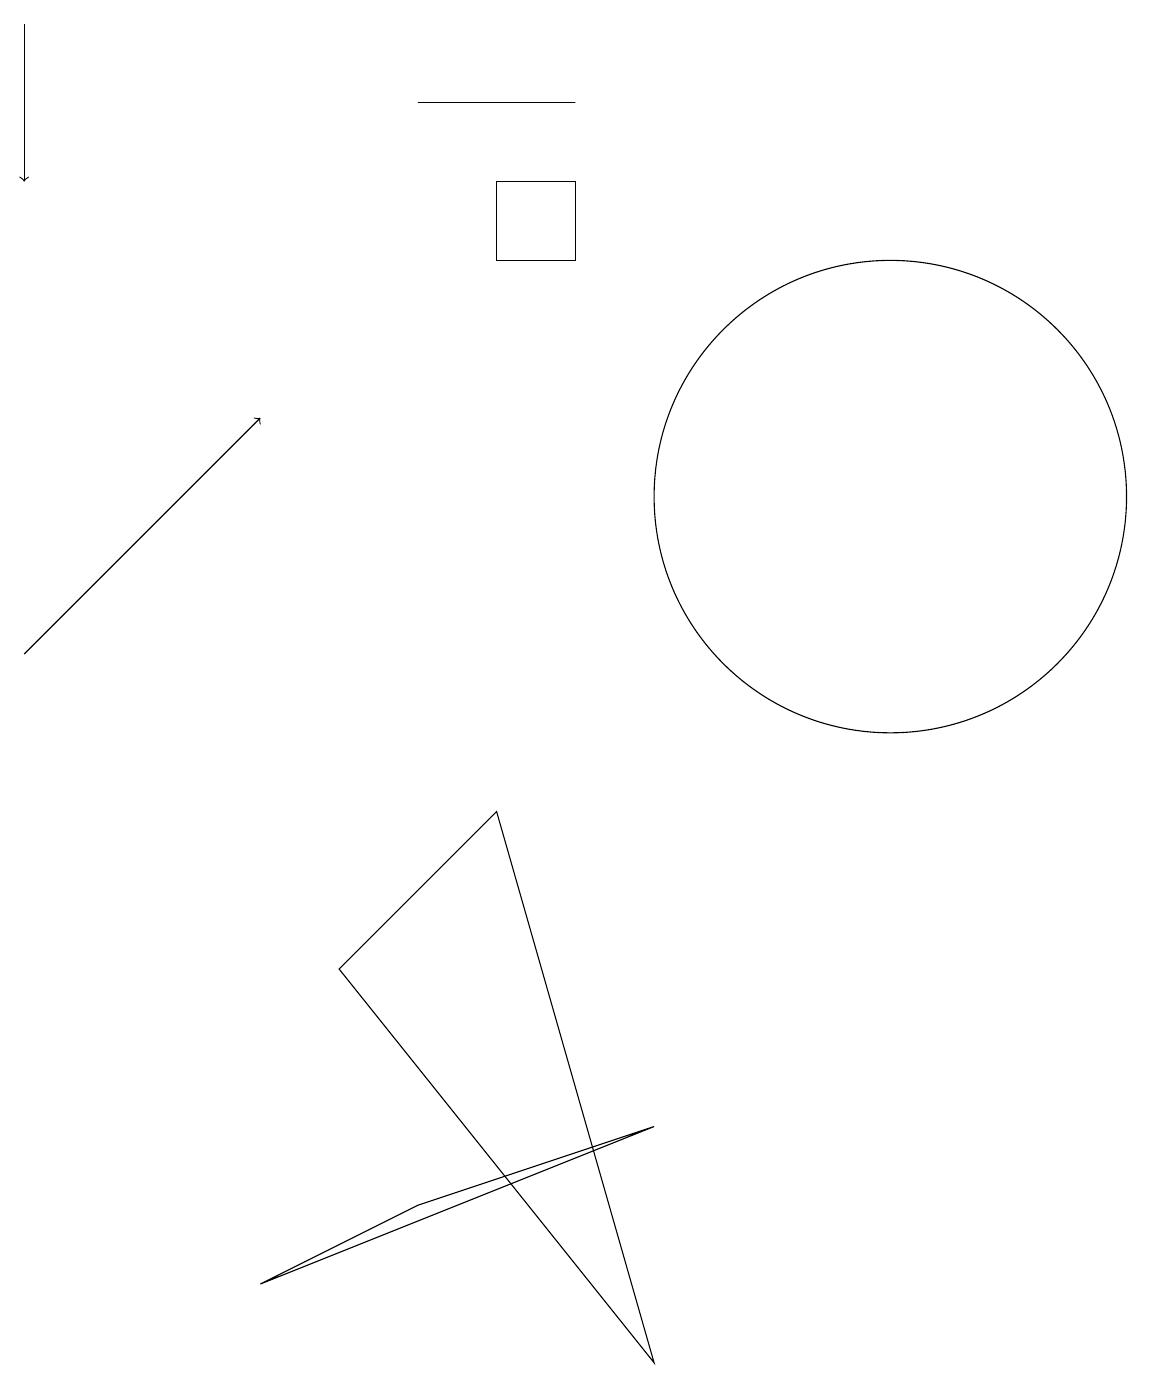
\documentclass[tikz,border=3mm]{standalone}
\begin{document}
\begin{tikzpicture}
\draw[->] (0,10) -- (3,13);
\draw (7,17) rectangle (5,17);
\draw[->] (0,18) -- (0,16);
\draw (6,16) rectangle (7,15);
\draw (8,1) -- (6,8) -- (4,6) -- cycle;
\draw (3,2) -- (5,3) -- (8,4) -- cycle;
\draw (11,12) circle (3);
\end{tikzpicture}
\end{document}